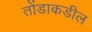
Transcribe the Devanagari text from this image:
तोंडाकडील